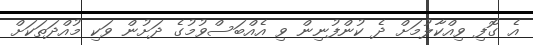
އެ ގޮފި ވިއްކާލުމަށް ދެ ކުންފުނިން ވި އެއްބަސްވުމުގެ ދަށުން ވަކި މުއްދަތަކަށް